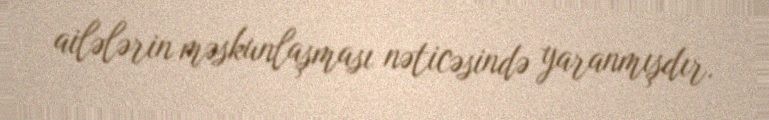
ailələrin məskunlaşması nəticəsində yaranmışdır.